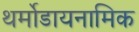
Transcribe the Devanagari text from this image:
थर्मोडायनामिक